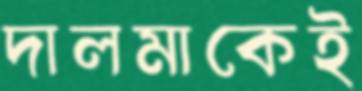
দালমাকেই